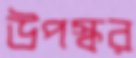
উপস্কর